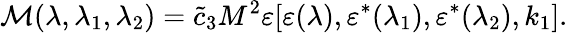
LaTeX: {\cal M}(\lambda,\lambda_{1},\lambda_{2})=\tilde{c}_{3}M^{2}\varepsilon[\varepsilon(\lambda),\varepsilon^{*}(\lambda_{1}),\varepsilon^{*}(\lambda_{2}),k_{1}].